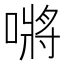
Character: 𭊟